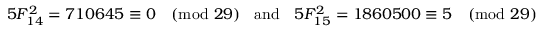
5 F _ { 1 4 } ^ { 2 } = 7 1 0 6 4 5 \equiv 0 { \pmod { 2 9 } } \; \; { \mathrm { ~ a n d ~ } } \; \; 5 F _ { 1 5 } ^ { 2 } = 1 8 6 0 5 0 0 \equiv 5 { \pmod { 2 9 } }